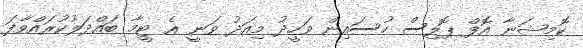
ކޮމިޝަނާ އޮފް ޕޮލިސް ހުސައިން ވަހީދު މިއަދު ވަނީ އެ ޓީމާ ބައްދަލުކުރައްވާފަ